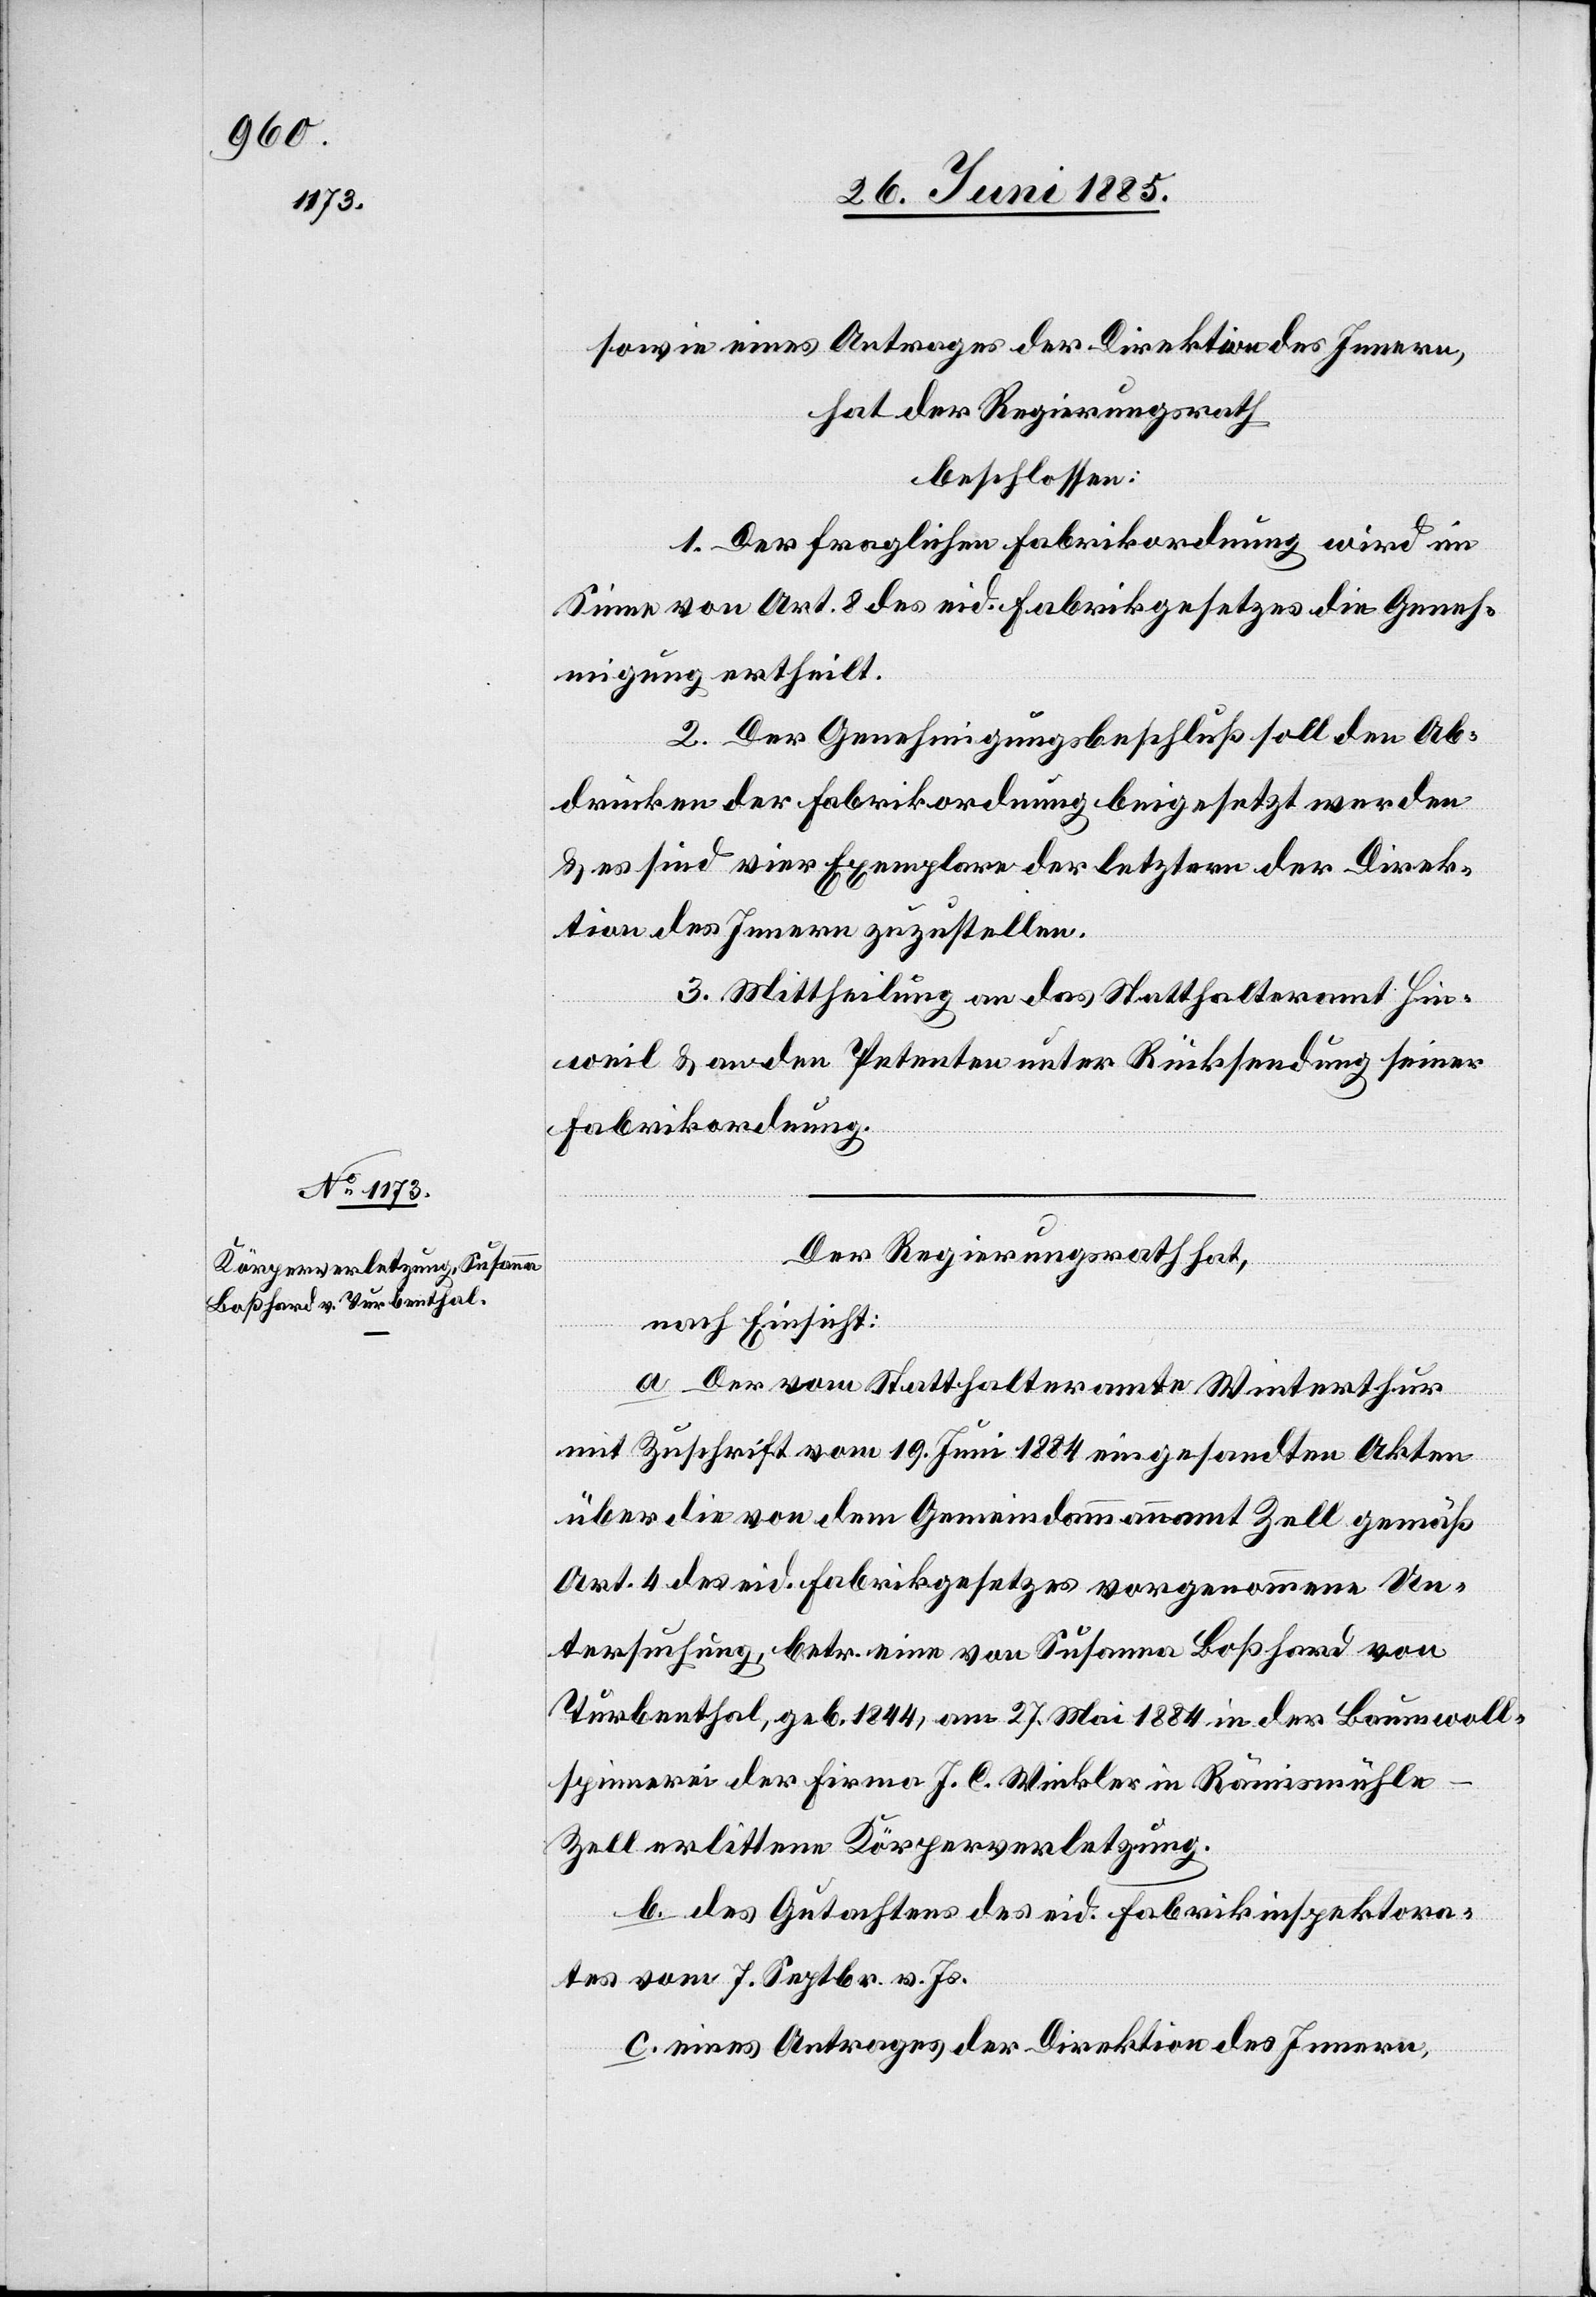
sowie eines Antrages der Direktion des Innern,
hat der Regierungsrath
beschlossen:
1. Der fraglichen Fabrikordnung wird im
Sinne von Art. 8 des eid. Fabrikgesetzes die Geneh¬
migung ertheilt.
2. Der Genehmigungsbeschluß soll den Ab¬
drücken der Fabrikordnung beigesetzt werden
& es sind vier Exemplare der letztern der Direk¬
tion des Innern zuzustellen.
3. Mittheilung an das Statthalteramt Hin¬
weil & an den Petenten unter Rückstellung seiner
Fabrikordnung.
Der Regierungsrath hat,
nach Einsicht:
a. Der vom Statthalteramte Winterthur
mit Zuschrift vom 19. Juni 1884 eigesandten Akten
über die von dem Gemeindeammannamt Zell gemäß
Art. 4 des eid. Fabrikgesetzes vorgenommene Un¬
tersuchung betr. eine von Susanna Boßhard von
Turbenthal, geb. 1844, am 27. Mai 1884 in der Baumwoll¬
spinnerei der Firma J. C. Winkler in Rämismühle
Zell erlittene Körperverletzung.
b. des Gutachtens des eid. Fabrikinspektora¬
tes vom 7. Septbr. v. Js.
c. eines Antrages der Direktion des Innern,